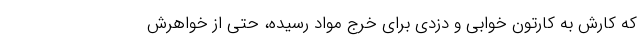
که کارش به کارتون خوابی و دزدی برای خرج مواد رسیده، حتی از خواهرش